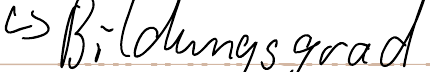
-> Bildungsgrad